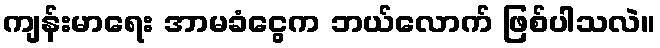
ကျန်းမာရေး အာမခံငွေက ဘယ်လောက် ဖြစ်ပါသလဲ။